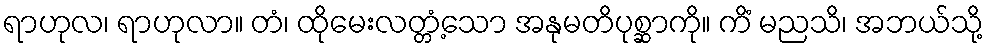
ရာဟုလ၊ ရာဟုလာ။ တံ၊ ထိုမေးလတ္တံ့သော အနုမတိပုစ္ဆာကို။ ကိံ မညသိ၊ အဘယ်သို့